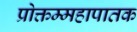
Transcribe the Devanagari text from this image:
प्रोक्तम्महापातक